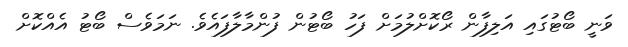
ވަނީ ބޯޓުގައި އަލިފާން ރޯކޮށްލުމަށް ފަހު ބޯޓުން ފުންމާލާފައެވެ. ނަމަވެސް ބޯޓު އެއްކޮށް